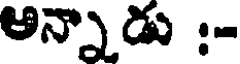
అన్నాడు :-